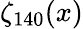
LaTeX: \zeta_{140}(x)